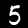
Digit: 5